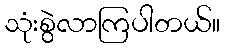
သုံးစွဲလာကြပါတယ်။